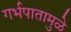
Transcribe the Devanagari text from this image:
गर्भपातामुळे